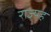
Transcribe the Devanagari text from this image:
राज्यह